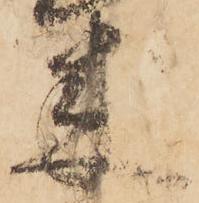
来